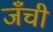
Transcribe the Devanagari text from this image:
जँची